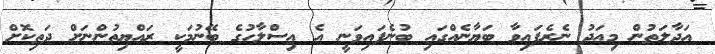
އަދާލަތުން މިއަދު ނެރެފައިވާ ބަޔާނެއްގައި ބުނެފައިވަނީ އެ އިސްލާހުގެ ބޭނުމަކީ ރައްޔިތުންނަށް ދަތިކޮށް